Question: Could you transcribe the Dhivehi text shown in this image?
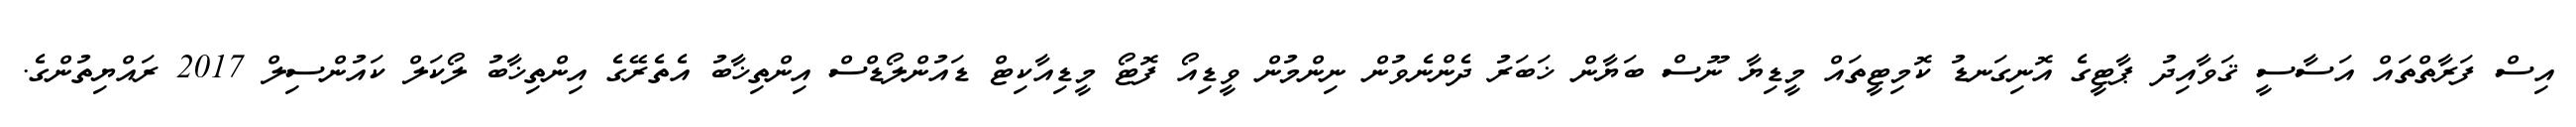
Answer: އިސް ފަރާތްތައް އަސާސީ ޤަވާއިދު ޕާޓީގެ އޮނިގަނޑު ކޮމިޓީތައް މީޑިޔާ ނޫސް ބަޔާން ޚަބަރު ދެންނެވުން ނިންމުން ވީޑިއޯ ފޮޓޯ މީޑިއާކިޓް ޑައުންލޯޑްސް އިންތިޚާބު އެތެރޭގެ އިންތިޚާބު ލޯކަލް ކައުންސިލް 2017 ރައްޔިތުންގެ.